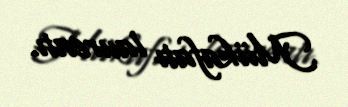
Mükafatı laureatı.